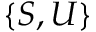
\{ S , U \}